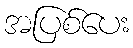
အပြစ်ပေး